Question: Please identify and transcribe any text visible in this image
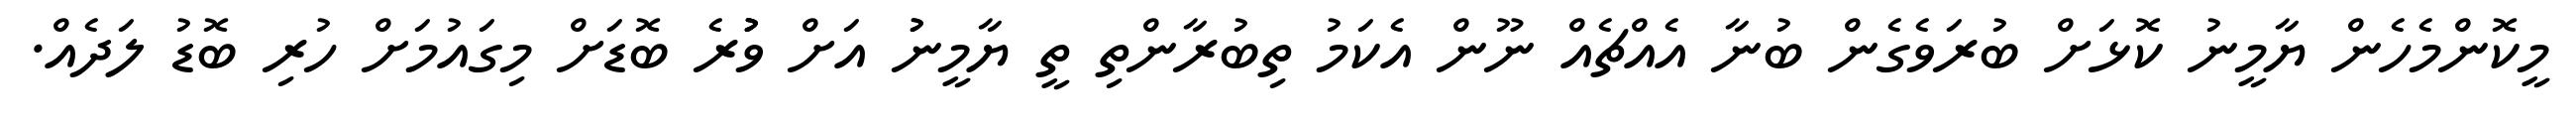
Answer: މީކޮންމެހެން ޔާމީނު ކޮޅަށް ބުރަވެގެން ބުނާ އެއްޗެއް ނޫން އެކަމު ތިބުރާންތި ތީ ޔާމީނުު އަށް ވުުުރެ ބޮޑަށް މިގައުމަށް ހުރި ބޮޑު ލަދެއް.